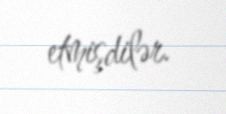
etmişdilər.